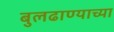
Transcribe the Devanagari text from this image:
बुलढाण्याच्या